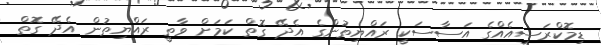
ޑިމޮކްރަސީއެއްގެ އަސާސަކީ ރައްޔިތުންގެ އެދޭ ގޮތް ކަމަށް ވާތީ ރައްޔިތުން އެދޭ ގޮތް